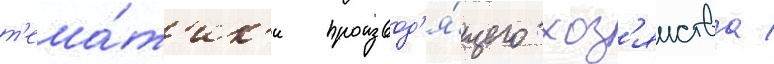
т'ема́т'ик'и производ'я́щего хоз'яиства /